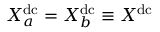
X _ { a } ^ { \mathrm { d c } } = X _ { b } ^ { \mathrm { d c } } \equiv X ^ { \mathrm { d c } }